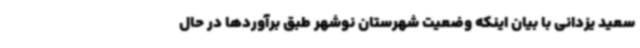
سعید یزدانی با بیان اینکه وضعیت شهرستان نوشهر طبق برآوردها در حال